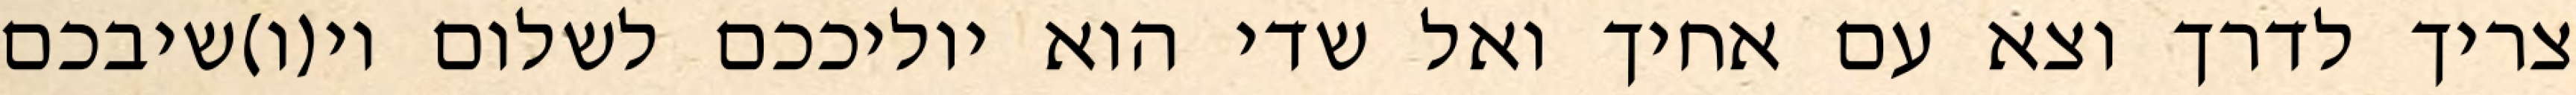
צריך לדרך וצא עם אחיך ואל שדי הוא יוליככם לשלום וי(ו)שיבכם